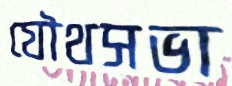
যৌথসভা